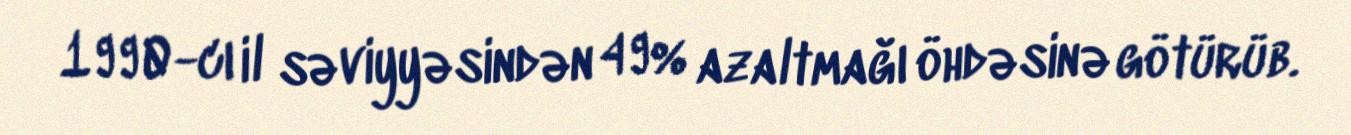
1990-cı il səviyyəsindən 49% azaltmağı öhdəsinə götürüb.